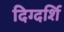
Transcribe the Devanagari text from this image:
दिग्दर्शि